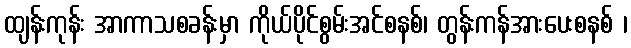
ထျန်းကုန်း အာကာသစခန်းမှာ ကိုယ်ပိုင်စွမ်းအင်စနစ်၊ တွန်းကန်အားပေးစနစ် ၊